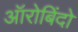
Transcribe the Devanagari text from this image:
ऑरोबिंदो